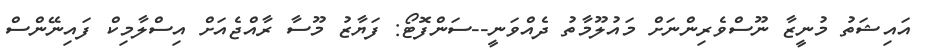
އައިޝަތު މުނީޒާ ނޫސްވެރިންނަށް މައުލޫމާތު ދެއްވަނީ--ސަންފޮޓޯ: ފަޔާޒު މޫސާ ރާއްޖެއަށް އިސްލާމިކް ފައިނޭންސް